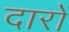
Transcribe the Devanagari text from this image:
दारों